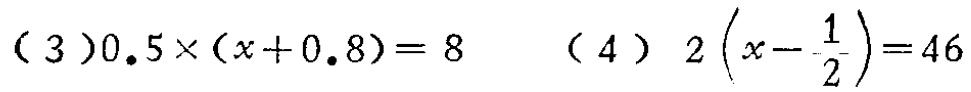
(3) \(0.5\times(x + 0.8)=8\)  (4) \(2\left(x-\frac{1}{2}\right)=46\)